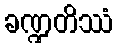
ခဏ္ဍတိဿံ